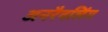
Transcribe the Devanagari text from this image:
अनरैवलिंग